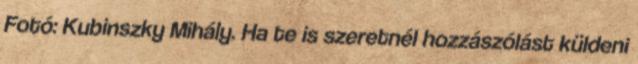
Fotó: Kubinszky Mihály. Ha te is szeretnél hozzászólást küldeni